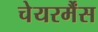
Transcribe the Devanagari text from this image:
चेयरर्मैंस